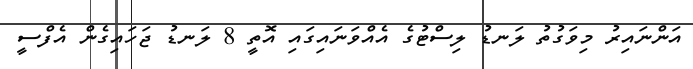
އަންނައިރު މިވަގުތު ލަނޑު ލިސްޓުގެ އެއްވަނައިގައި އޮތީ 8 ލަނޑު ޖަހައިގެން އެފްސީ